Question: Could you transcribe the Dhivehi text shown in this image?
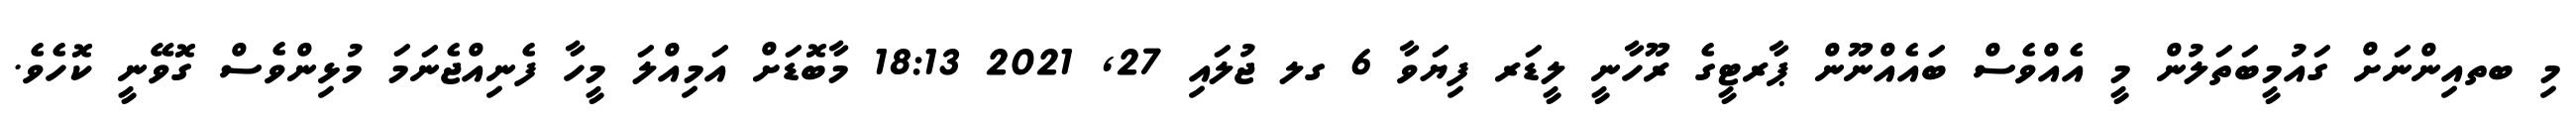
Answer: މި ބތއިންނަށް ގައުމީބަތަލުން މީ އެއްވެސް ބައެއްނޫން ޕާރޓީގެ ރޫހާނީ ލީޑަރ ފިޔަވާ 6 ގލ ޖުލައި 27, 2021 18:13 މާބޮޑަށް އަމިއްލަ މީހާ ފެނިއްޖެނަމަ މުޅިންވެސް ގޮވޭނީ ކޮހެވެ.